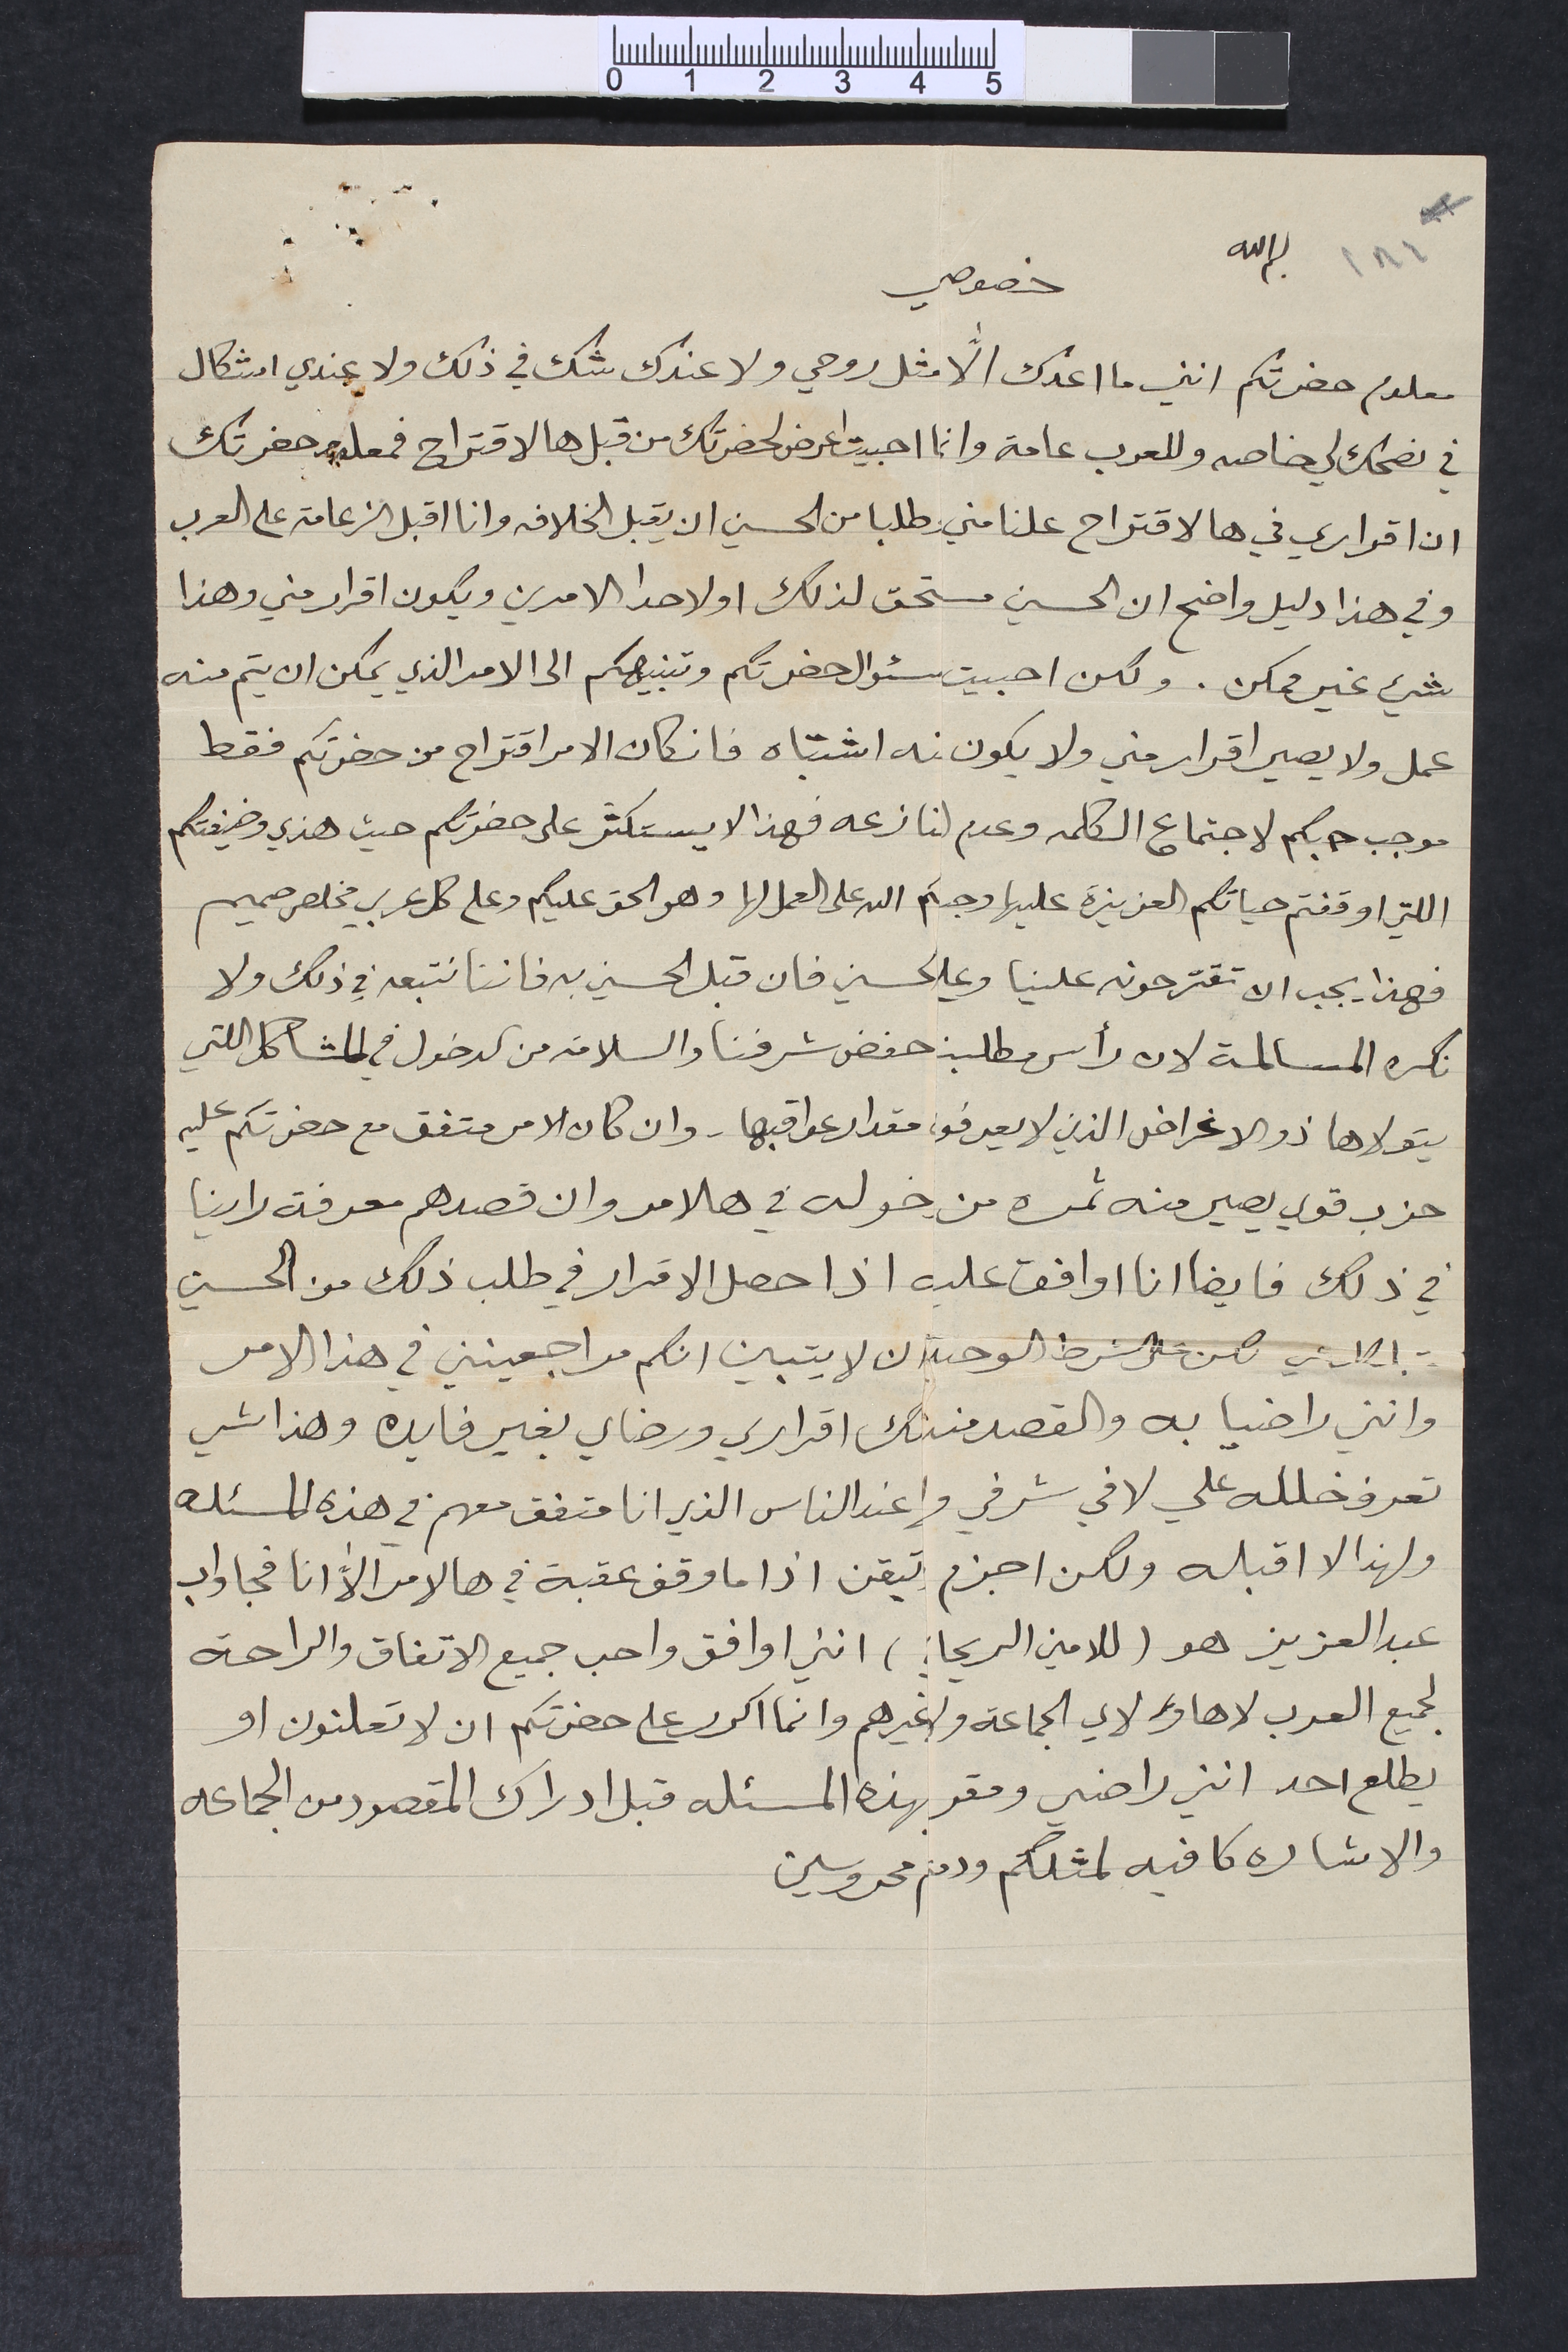
١٨٦		بسم الله		خصوصي
معلوم حضرتكم انني ما اعدك الاﱣ مثل روحي ولا عندك شك في ذلك ولا عندي اشكال
في نصحك لي خاصه وللعرب عامة وانما احبيت اعرض لحضرتك من قبل هالاقتراح فمعلوم حضرتك
ان اقراري في هالاقتراح علنا مني وطلبا من الحسين ان يقبل الخلافه وانا اقبل الزعامة على العرب
وفي هذا دليل واضح ان الحسين مستحق لذلك او لاحدا الامرين ويكون اقرار مني وهذا
شيء غير ممكن. ولكن احبيت سئوال حضرتكم وتنبيهكم الى الامر الذي يمكن ان يتم منه
عمل ولا يصير اقرار مني ولا يكون منه اشتباه فان كان الامر اقتراح من حضرتكم فقط
موجب حبكم لاجتماع الكلمه وعدم لنازعه فهذا الا يستكثر على حضرتكم حيث هذي وضيفتكم
اللتي اوقفتم حياتكم العزيزة عليها وحباكم الله على العمل لها وهو الحق عليكم وعلى كل عربي مخلص صميم
فهذا يجب ان تقترحونه علينا وعلي لحسين فان قبل الحسين به فاننا نتبعه في ذلك ولا
نكره المسالمة لان رأس مطلبن حفض شرفنا والسلامة من الدخول في المشاكل اللتي
يتولاها ذو الاغراض الذين لا يعرفوا مقدار عواقبها. وان كان الامر متفق مع حضرتكم عليه
حزب قوي يصير منه ثمره من خوله في هالامر وان قصدهم معرفة راينا
في ذلك فايضا انا اوافق عليه اذا حصل الاقرار في طلب ذلك من الحسين
 لكن على الشرط الوحيد ان لا يتبين انكم مراجعينني في هذا الامر
وانني راضيا به والقصد منذلك اقراري ورضاي بغير فايده وهذا شي
تعرف خلله علي لافي شرفي وا عند الناس الذي انا متفق معهم في هذه المسئله
ولهذا لا اقبله ولكن اجزم تيقن اذا ما وقف عقبة في هالامر الاّ انا فجاواب
عبد العزيز هو (للامين الريحاني) انني اوافق واحب جميع الاتفاق والراحة
لجميع العرب لا هاوه لاي الجماعة ولـ غيرهم وانما اكرر على حضرتكم ان لا تعلنون او
يطلع احد انني راضي ومقر بهذه المسئله قبل ادراك المقصود من الجماعه
والاشاره كافيه لمثلكم ودمتم محروسين